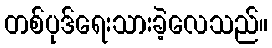
တစ်ပုဒ်ရေးသားခဲ့လေသည်။